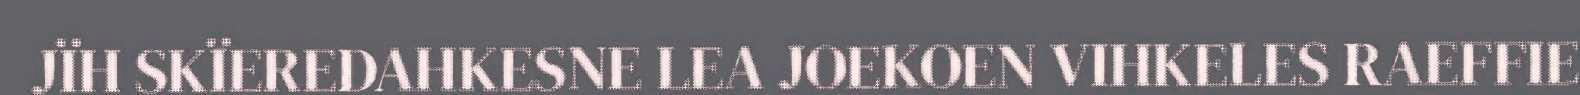
JÏH SKÏEREDAHKESNE LEA JOEKOEN VIHKELES RAEFFIE